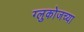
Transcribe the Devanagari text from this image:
ग्लुकोजच्या